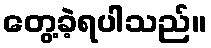
တွေ့ခဲ့ရပါသည်။